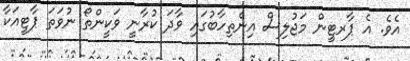
އެވެ. އެ ޕާރޓީން މަޖުލިސް އިންތިހާބުގައި ވާދަ ކުރާނީ ވަކީންތޯ ނުވަތަ ޕާޓީއަކާ